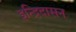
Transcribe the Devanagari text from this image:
इन्द्रिदासन